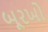
બૂરખો